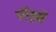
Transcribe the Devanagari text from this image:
मॉइसे